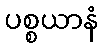
ပစ္စယာနံ